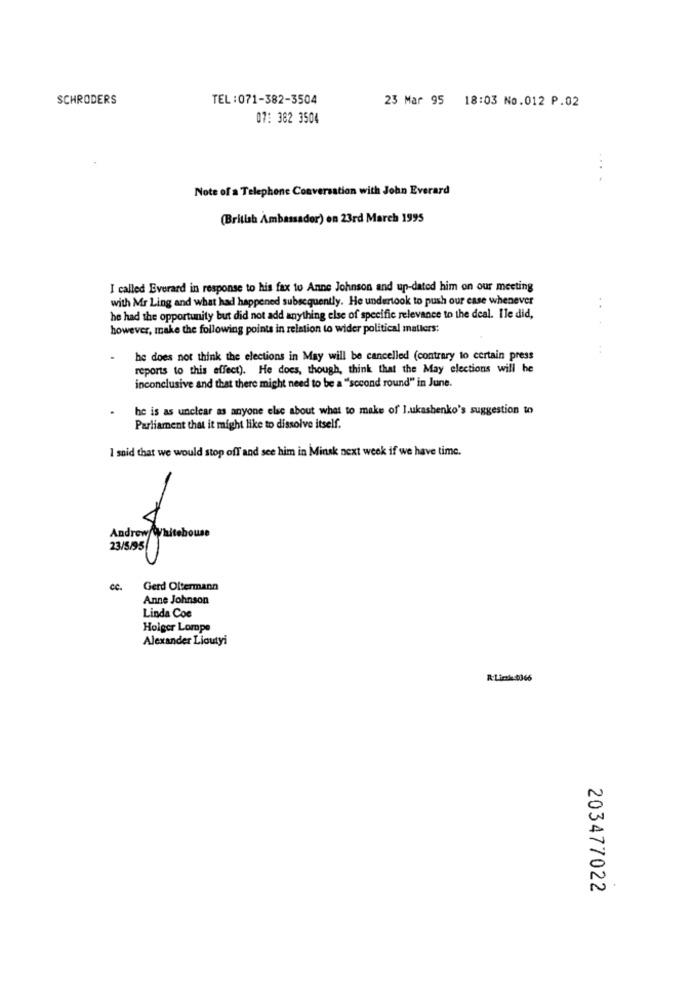
SCHRODERS
TEL:071-382-3504
23 Mar 95 18:03 No.012 P.02
07: 382 3504
....
Note of a Telephone Conversation with John Everard
(British Ambassador) on 23rd March 1995
I called Everard in response to his fax to Anne Johnson and up-dated him on our meeting
with Mr Ling and what had happened subsequently. He undertook to push our case whenever
he had the opportunity but did not add anything else of specific relevance to the deal. Ile did,
however, make the following points in relation to wider political matters:
he does not think the elections in May will be cancelled (contrary to certain press
reports to this effect). He does, though, think that the May elections will he
inconclusive and that there might need to be a "second round" in June.
he is as unclear as anyone else about what to make of lukashenko's suggestion to
Parliament that it might like to dissolve itself.
I said that we would stop off and see him in Minsk next week if we have time.
Andrew Whitehouse
23/5/95
Gerd Oltermann
Anne Johnson
Linda Coe
Holger Lompe
Alexander Lioutyi
R:Link:0366
203477022